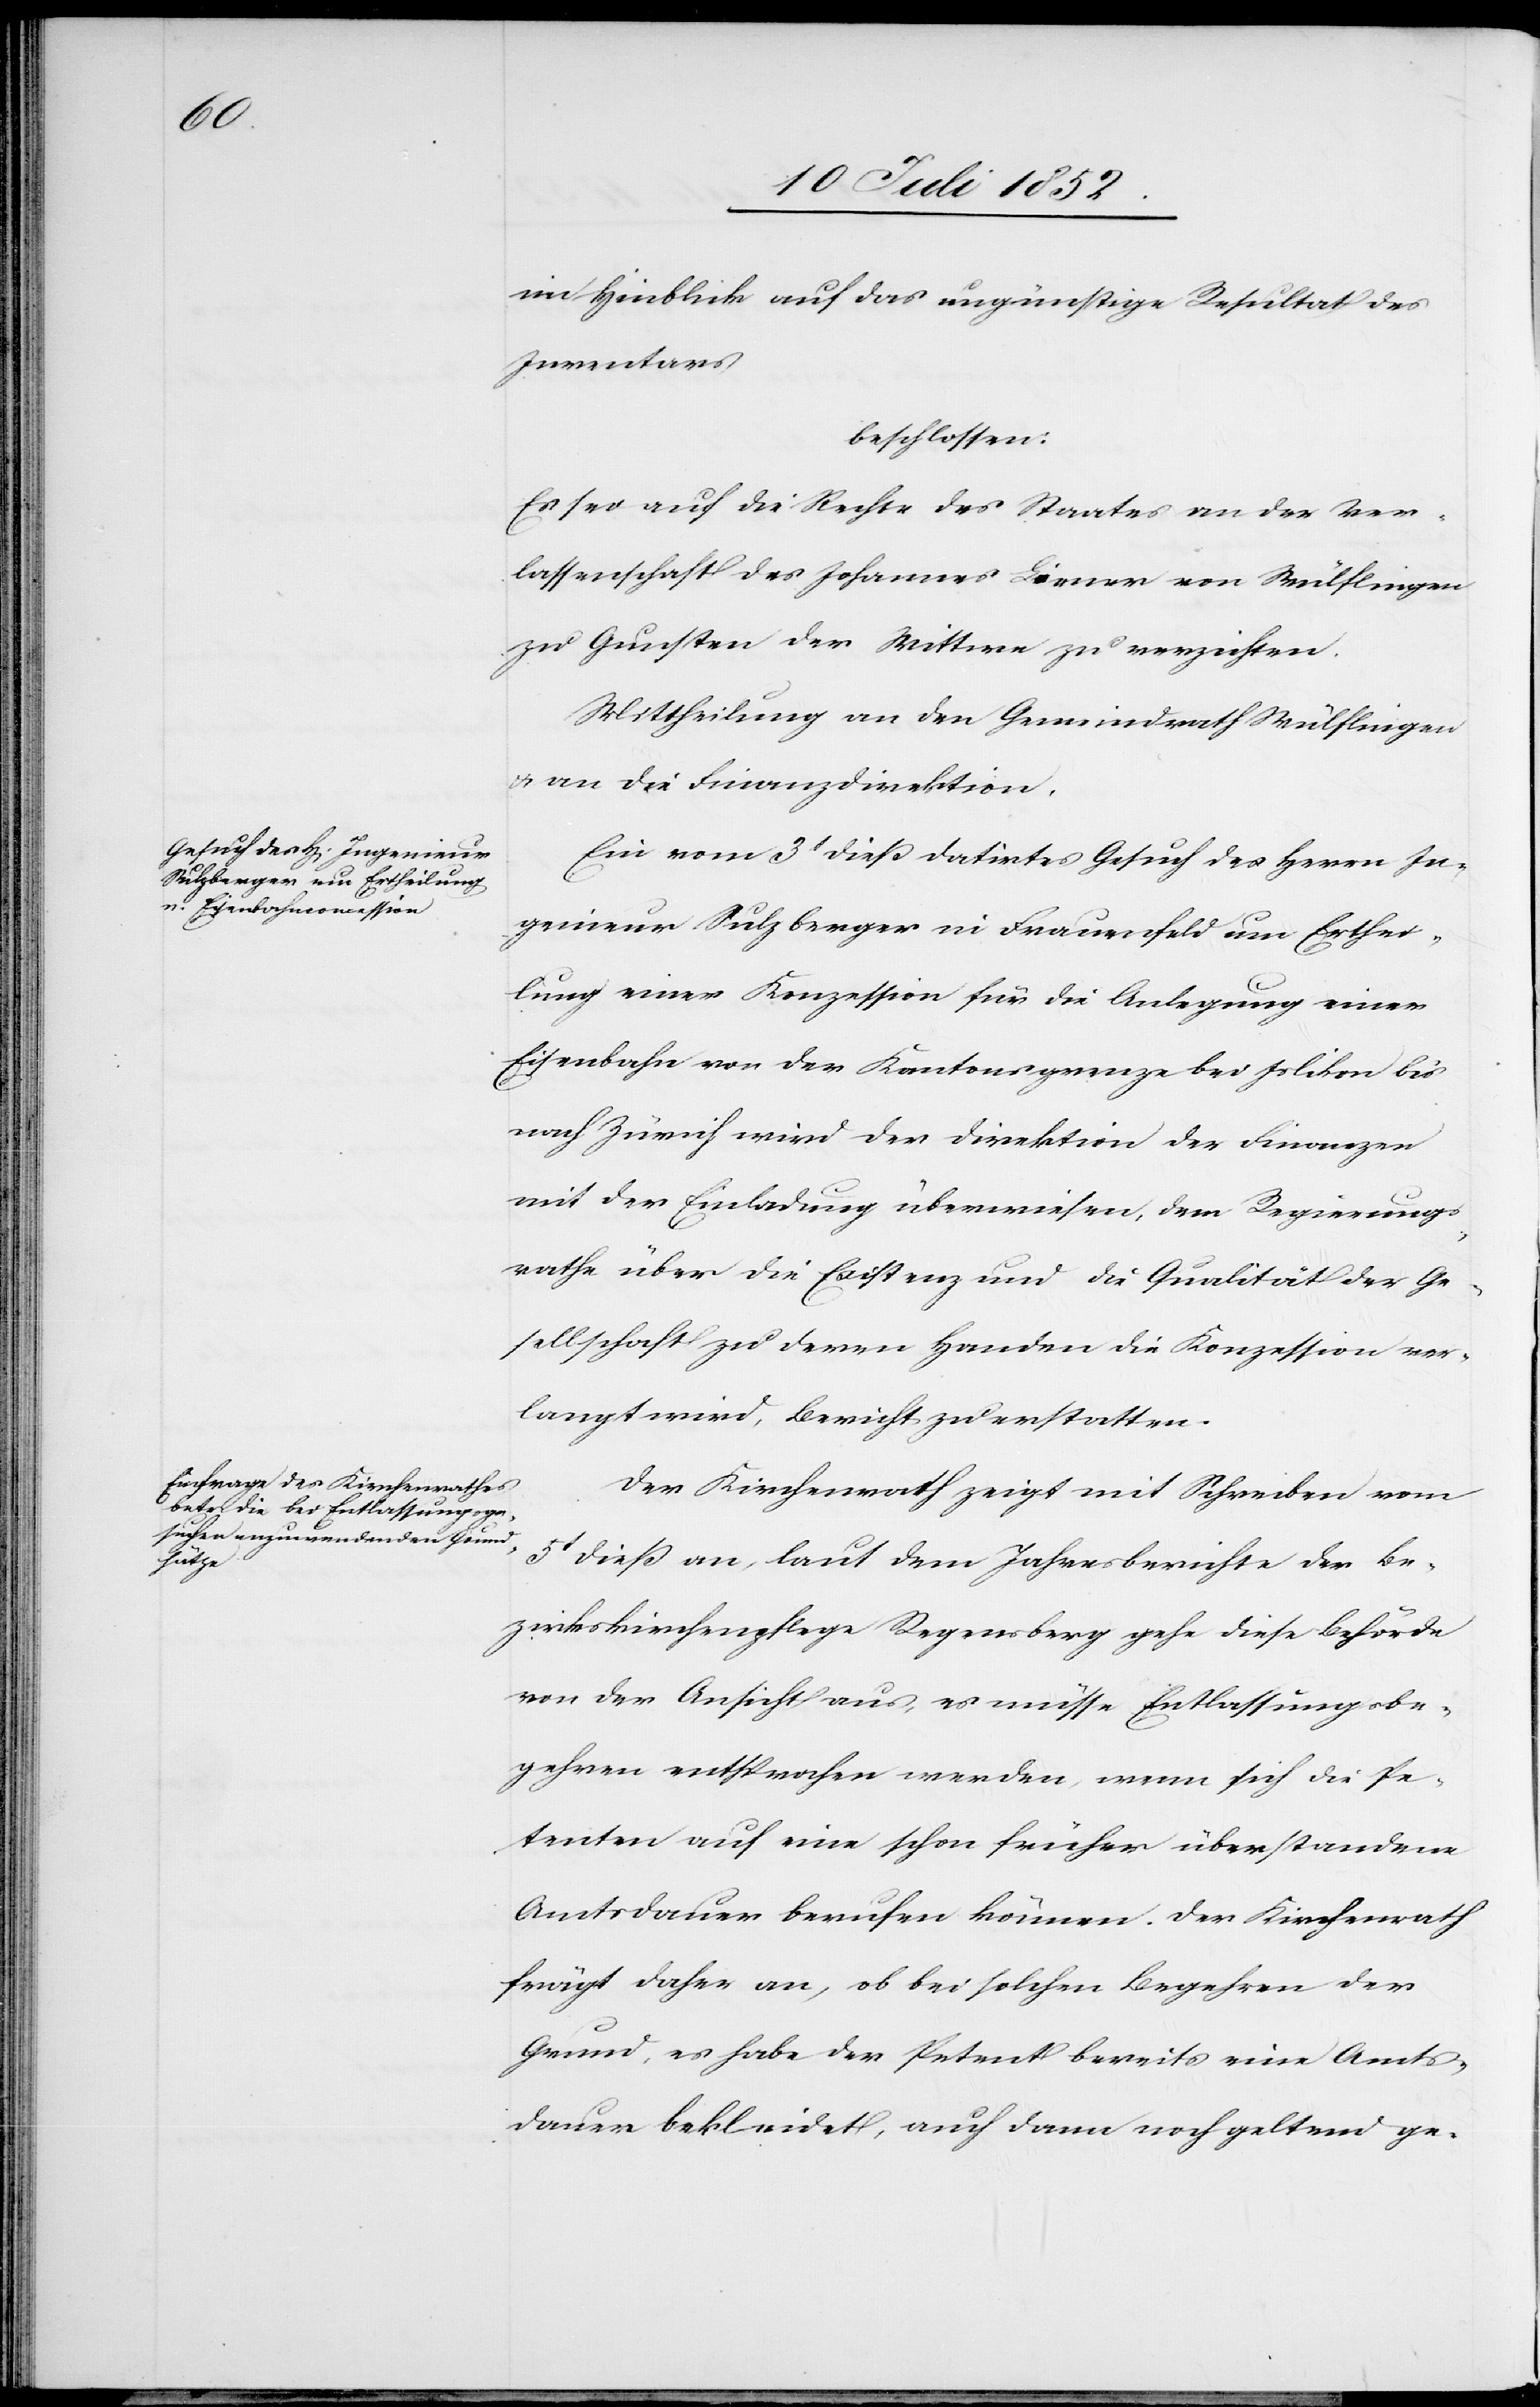
im Hinblick auf das ungünstige Resultat des
Inventars
beschlossen:
Es sei auf die Rechte des Staates an der Ver¬
lassenschaft des Johannes Liener von Wülflingen
zu Gunsten der Wittwe zu verzichten.
Mittheilung an den Gemeindrath Wülflingen
& an die Finanzdirektion.
Ein vom 3t dieß datirtes Gesuch des Herrn In¬
genieur Sulzberger in Frauenfeld um Erthei¬
lung einer Konzession für die Anlegung einer
Eisenbahn von der Kantonsgrenze bei Islikon bis
nach Zürich wird der Direktion der Finanzen
mit der Einladung überwiesen, dem Regierungs¬
rathe über die Existenz und die Qualität der Ge¬
sellschaft zu deren Handen die Konzession ver¬
langt wird, Bericht zu erstatten.
Der Kirchenrath zeigt mit Schreiben vom
5t dieß an, laut dem Jahresberichte der Be¬
zirkskirchenpflege Regensberg gehe diese Behörde
von der Ansicht aus, es müsse Entlassungsbe¬
gehren entsprochen werden, wenn sich die Pe¬
tenten auf eine schon früher überstandene
Amtsdauer berufen können. Der Kirchenrath
frägt daher an, ob bei solchen Begehren der
Grund, es habe der Petent bereits eine Amts¬
dauer bekleidet, auch dann noch geltend ge-